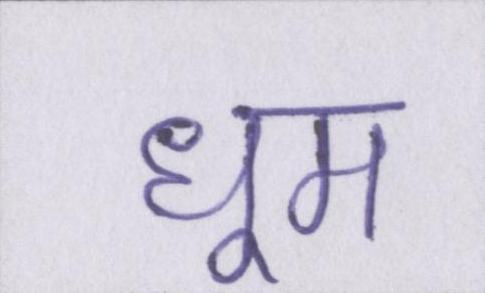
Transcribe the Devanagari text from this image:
धूम